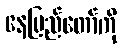
နေပြည်တော်ကို